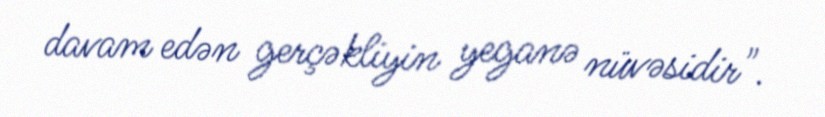
davam edən gerçəkliyin yeganə nüvəsidir".